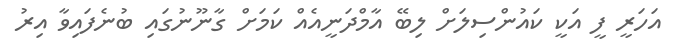
އަހަރީ ފީ އަކީ ކައުންސިލަށް ލިބޭ އާމްދަނީއެއް ކަމަށް ގާނޫނުގައި ބުނެފައިވާ އިރު